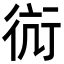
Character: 䘕